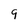
Character: 9